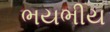
ભયભીય